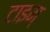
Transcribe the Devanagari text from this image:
टाइम्